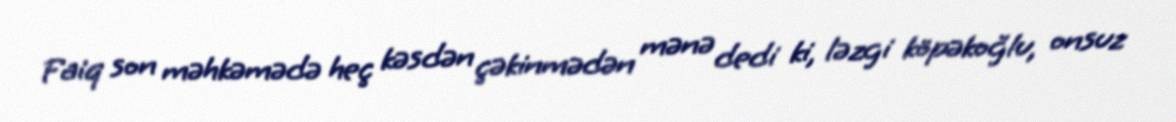
Faiq son məhkəmədə heç kəsdən çəkinmədən mənə dedi ki, ləzgi köpəkoğlu, onsuz